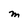
Character: M